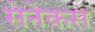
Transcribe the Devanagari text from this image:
सेनेकस